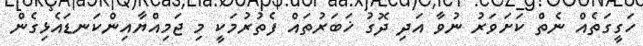
ހަގީގަތެއް ނެތް ކަށަވަރު ނުވާ އަދި ދޮގު ޚަބަރުތައް ފެތުރުމަކީ މި ޖަމިއްޔާއިންކަނޑައެޅިގެން